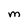
Character: M